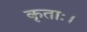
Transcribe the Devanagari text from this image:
कृताः।